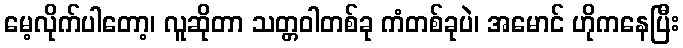
မေ့လိုက်ပါတော့၊ လူဆိုတာ သတ္တဝါတစ်ခု ကံတစ်ခုပဲ၊ အမောင် ဟိုကနေပြီး